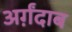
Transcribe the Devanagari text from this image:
अर्ग़ंदाब